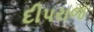
દીપરાજ